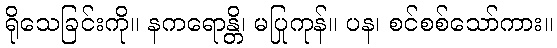
ရိုသေခြင်းကို။ နကရောန္တိ၊ မပြုကုန်။ ပန၊ စင်စစ်သော်ကား။